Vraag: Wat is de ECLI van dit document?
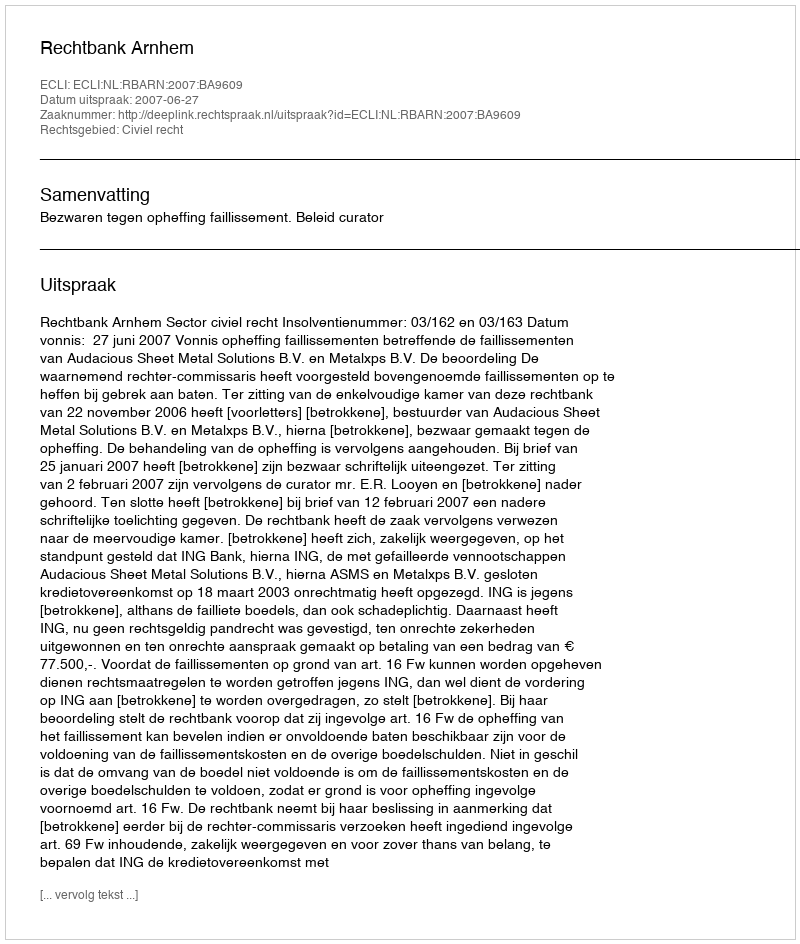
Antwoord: ECLI:NL:RBARN:2007:BA9609